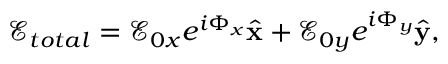
\boldsymbol { \mathcal { E } } _ { t o t a l } = \mathcal { E } _ { 0 x } e ^ { i \Phi _ { x } } \hat { \mathbf { x } } + \mathcal { E } _ { 0 y } e ^ { i \Phi _ { y } } \hat { \mathbf { y } } ,